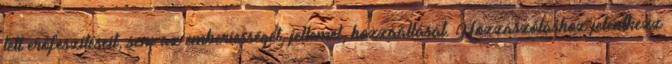
tett erőfeszítéseit, sem az emberiességét, jellemét, hozzáállását. Hozzászóláshoz jelentkezz